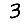
Digit: 3